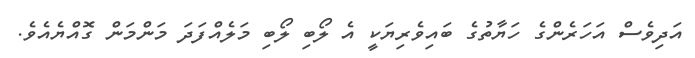
އަދިވެސް އަހަރެންގެ ހަޔާތުގެ ބައިވެރިޔަކީ އެ ލޯބި ލޯބި މަލެއްފަދަ މަންމަން ގޮއްޔެއެވެ.